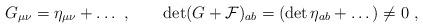
LaTeX: \begin{align*}G_{\mu\nu} = \eta_{\mu\nu} + \dots \ , \qquad \det (G+ {\cal F})_{ab} = (\det\eta_{ab} + \dots) \neq 0 \ ,\end{align*}